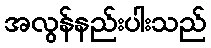
အလွန်နည်းပါးသည်